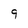
Character: 9